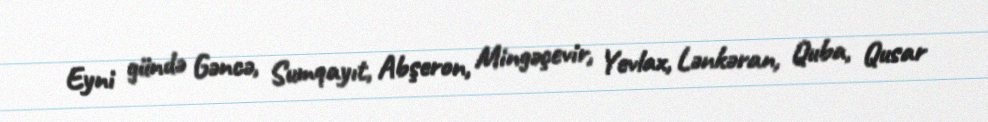
Eyni gündə Gəncə, Sumqayıt, Abşeron, Mingəçevir, Yevlax, Lənkəran, Quba, Qusar